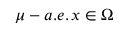
\mu - a . e . \, x \in \Omega